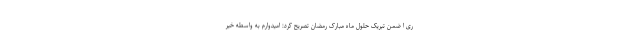
ری ا ضمن تبریک حلول ماه مبارک رمضان تصریح کرد: امیدوارم به واسطه خیر